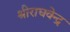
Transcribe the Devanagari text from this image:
श्रीराघवेन्द्र